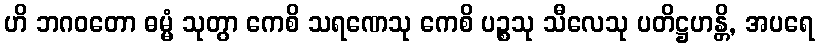
ဟိ ဘဂဝတော ဓမ္မံ သုတွာ ကေစိ သရဏေသု ကေစိ ပဉ္စသု သီလေသု ပတိဋ္ဌဟန္တိ, အပရေ